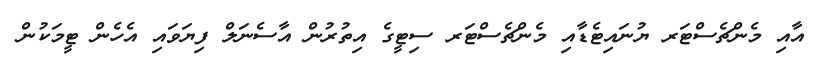
އާއި މެންޗެސްޓަރ ޔުނައިޓެޑާއި މެންޗެސްޓަރ ސިޓީގެ އިތުރުން އާސެނަލް ފިޔަވައި އެހެން ޓީމަކުން